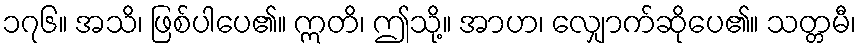
၁၇၆။ အသိ၊ ဖြစ်ပါပေ၏။ ဣတိ၊ ဤသို့။ အာဟ၊ လျှောက်ဆိုပေ၏။ သတ္တမီ၊